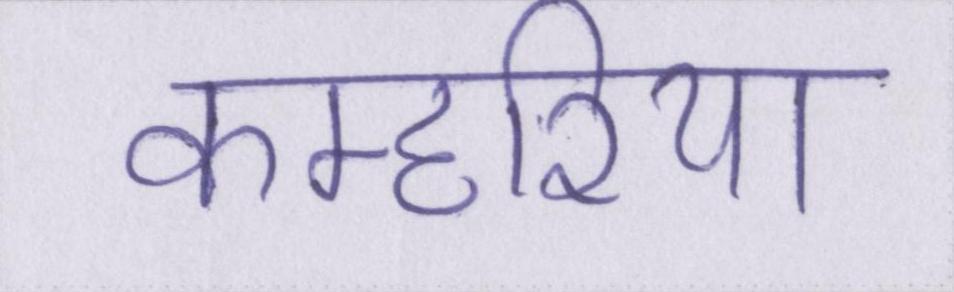
कम्हरिया